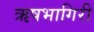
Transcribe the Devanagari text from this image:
ऋषभागिरी